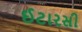
ઈટારસી